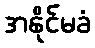
အနိုင်မခံ